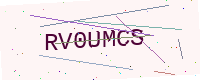
Text: RV0UMCS